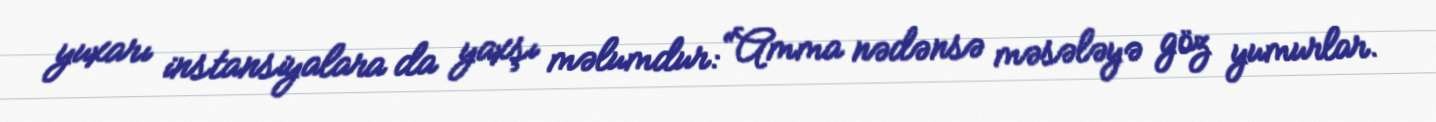
yuxarı instansiyalara da yaxşı məlumdur: “Amma nədənsə məsələyə göz yumurlar.